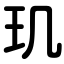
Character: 玑